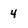
Character: 4